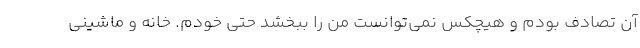
آن تصادف بودم و هیچکس نمی‌توانست من را ببخشد حتی خودم. خانه و ماشینی